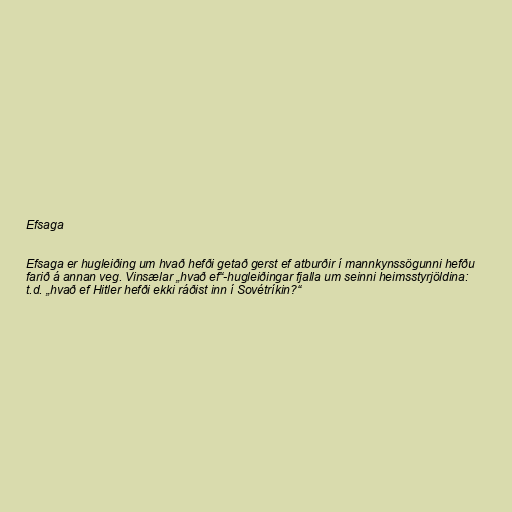
Efsaga

Efsaga er hugleiðing um hvað hefði getað gerst ef atburðir í mannkynssögunni hefðu
farið á annan veg. Vinsælar „hvað ef“-hugleiðingar fjalla um seinni heimsstyrjöldina:
t.d. „hvað ef Hitler hefði ekki ráðist inn í Sovétríkin?“